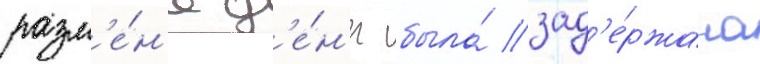
разм'е́н'е д'е́н'ег была́ зад'е́ржана